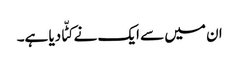
ان میں سے ایک نے کٹّا دیا ہے۔